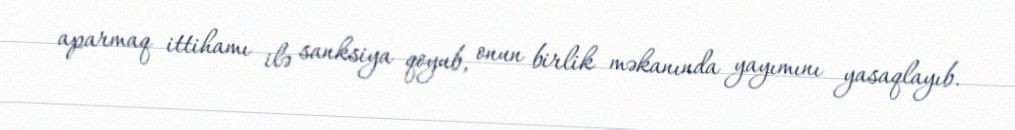
aparmaq ittihamı ilə sanksiya qoyub, onun birlik məkanında yayımını yasaqlayıb.